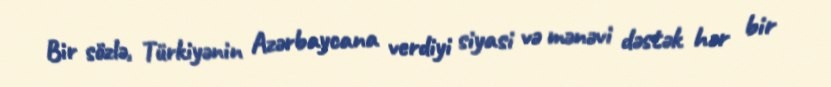
Bir sözlə, Türkiyənin Azərbaycana verdiyi siyasi və mənəvi dəstək hər bir